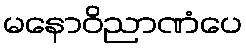
မနောဝိညာဏံပေ